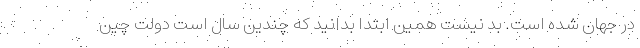
در جهان شده است. بد نیست همین ابتدا بدانید که چندین سال است دولت چین